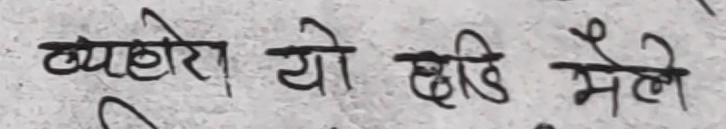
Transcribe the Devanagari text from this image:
ब्यहोरा यो छिट्टै मैले